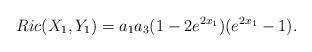
LaTeX: \begin{align*} Ric(X_1,Y_1)= a_1 a_3 (1-2e^{2 x_1})(e^{2 x_1} - 1).\end{align*}